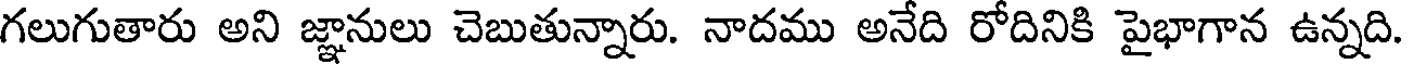
గలుగుతారు అని జ్ఞానులు చెబుతున్నారు. నాదము అనేది రోదినికి పైభాగాన ఉన్నది